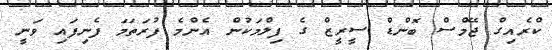
ކްރެއިގް ޖޭމްސް ބޮންޑް ސީރީޒް ގެ ފިލްމަކުން އެންމެ ފުރަތަމަ ފެނިފައި ވަނީ